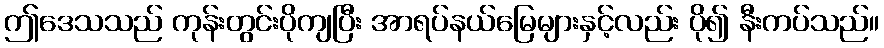
ဤဒေသသည် ကုန်းတွင်းပိုကျပြီး အာရပ်နယ်မြေများနှင့်လည်း ပို၍ နီးကပ်သည်။